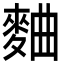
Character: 麯